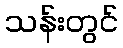
သန်းတွင်